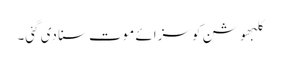
کلبھوشن کو سزائے موت سنا دی گئی۔